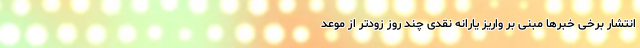
انتشار برخی خبرها مبنی بر واریز یارانه نقدی چند روز زودتر از موعد